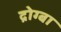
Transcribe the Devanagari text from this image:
द्रोग्बा